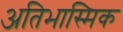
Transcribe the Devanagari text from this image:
अतिभास्मिक